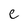
Character: e